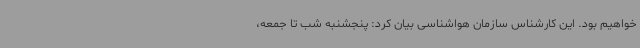
خواهیم بود. این کارشناس سازمان هواشناسی بیان کرد: پنجشنبه شب تا جمعه،